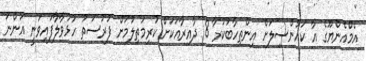
އެމްއެންޔޫގެ އާ ކައުންސިލަށް އިންތިހާބުކުރާ 8 ދާއިރާއަކަށް ކުރިމަތިލުމަށް ފުރުސަތު ހުޅުވާލާފައިވަނީ އަންނަ